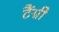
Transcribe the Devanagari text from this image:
टैंग्नी